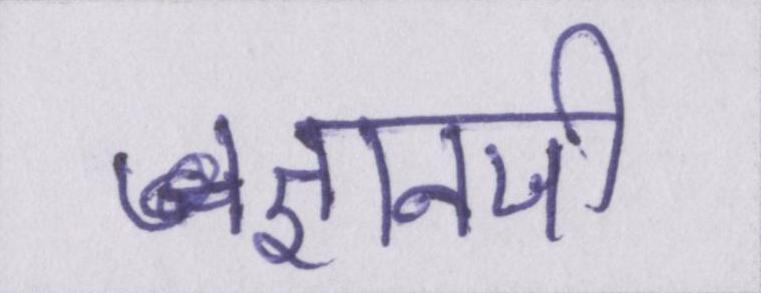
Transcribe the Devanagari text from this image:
ज्ञानजी